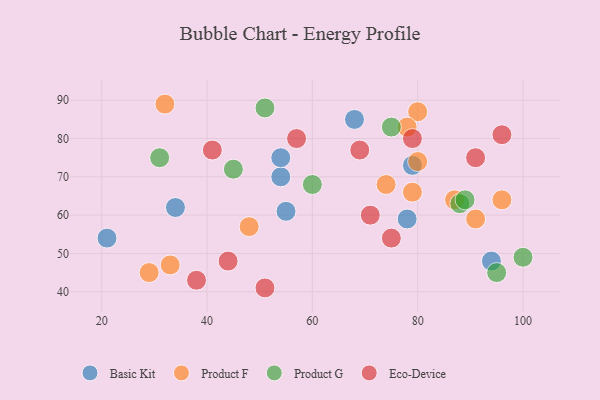
{"axis": {"x": "GDP", "y": "Life Expectancy"}, "legend": ["Basic Kit", "Eco-Device", "Product F", "Product G"], "data": [{"x": "79", "y": 73, "type": "Basic Kit"}, {"x": "55", "y": 61, "type": "Basic Kit"}, {"x": "54", "y": 70, "type": "Basic Kit"}, {"x": "94", "y": 48, "type": "Basic Kit"}, {"x": "54", "y": 75, "type": "Basic Kit"}, {"x": "68", "y": 85, "type": "Basic Kit"}, {"x": "21", "y": 54, "type": "Basic Kit"}, {"x": "34", "y": 62, "type": "Basic Kit"}, {"x": "78", "y": 59, "type": "Basic Kit"}, {"x": "80", "y": 87, "type": "Product F"}, {"x": "74", "y": 68, "type": "Product F"}, {"x": "87", "y": 64, "type": "Product F"}, {"x": "29", "y": 45, "type": "Product F"}, {"x": "91", "y": 59, "type": "Product F"}, {"x": "32", "y": 89, "type": "Product F"}, {"x": "96", "y": 64, "type": "Product F"}, {"x": "48", "y": 57, "type": "Product F"}, {"x": "33", "y": 47, "type": "Product F"}, {"x": "79", "y": 66, "type": "Product F"}, {"x": "80", "y": 74, "type": "Product F"}, {"x": "78", "y": 83, "type": "Product F"}, {"x": "31", "y": 75, "type": "Product G"}, {"x": "75", "y": 83, "type": "Product G"}, {"x": "51", "y": 88, "type": "Product G"}, {"x": "45", "y": 72, "type": "Product G"}, {"x": "95", "y": 45, "type": "Product G"}, {"x": "88", "y": 63, "type": "Product G"}, {"x": "89", "y": 64, "type": "Product G"}, {"x": "60", "y": 68, "type": "Product G"}, {"x": "100", "y": 49, "type": "Product G"}, {"x": "38", "y": 43, "type": "Eco-Device"}, {"x": "57", "y": 80, "type": "Eco-Device"}, {"x": "69", "y": 77, "type": "Eco-Device"}, {"x": "96", "y": 81, "type": "Eco-Device"}, {"x": "51", "y": 41, "type": "Eco-Device"}, {"x": "79", "y": 80, "type": "Eco-Device"}, {"x": "71", "y": 60, "type": "Eco-Device"}, {"x": "44", "y": 48, "type": "Eco-Device"}, {"x": "41", "y": 77, "type": "Eco-Device"}, {"x": "91", "y": 75, "type": "Eco-Device"}, {"x": "75", "y": 54, "type": "Eco-Device"}]}